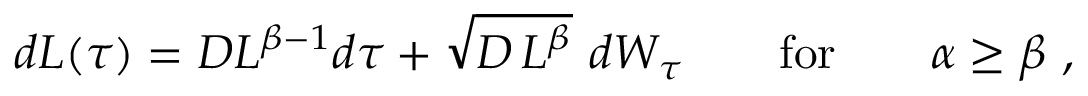
\begin{array} { r } { d L ( \tau ) = D L ^ { \beta - 1 } d \tau + \sqrt { D \, L ^ { \beta } } \ d W _ { \tau } \qquad \mathrm { f o r } \qquad \alpha \ge \beta \ , } \end{array}